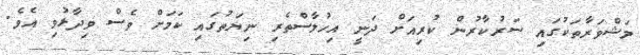
މަޝްވަރާތަކުގައި ސަރުކާރުން ކުރިއަށް ދަނީ އިހުލާސްތެރި ނިޔަތުގައި ކަމަށް ވެސް ވިދާޅުވި އެވެ.